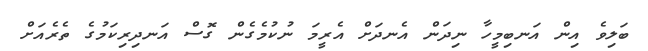
ބަލިވެ އިން އަނބިމީހާ ނިދަން އެނދަށް އެރީމަ ނުކުމެގެން ގޮސް އަނދިރިކަމުގެ ތެރެއަށް